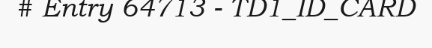
# Entry 64713 - TD1_ID_CARD